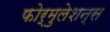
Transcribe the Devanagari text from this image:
फोर्मुलेशन्स